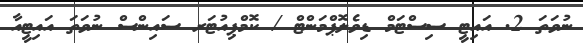
ނުވަތަ 2. އައިޓީ ސިސްޓަމް ޑިވެލޮޕްމަންޓް / ކޮމްޕިއުޓަރ ސައިންސް ނުވަތަ އައިޓީއާ